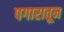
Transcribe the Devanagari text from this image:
पगारातून